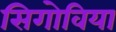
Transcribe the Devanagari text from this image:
सिगोविया